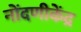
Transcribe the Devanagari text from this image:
नोंदणीकेंद्र